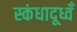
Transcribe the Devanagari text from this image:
स्कंधादूध्वँ